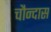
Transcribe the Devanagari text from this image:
चौन्दास